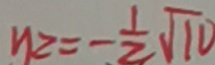
y 2 = - \frac { 1 } { 2 } \sqrt { 1 0 }